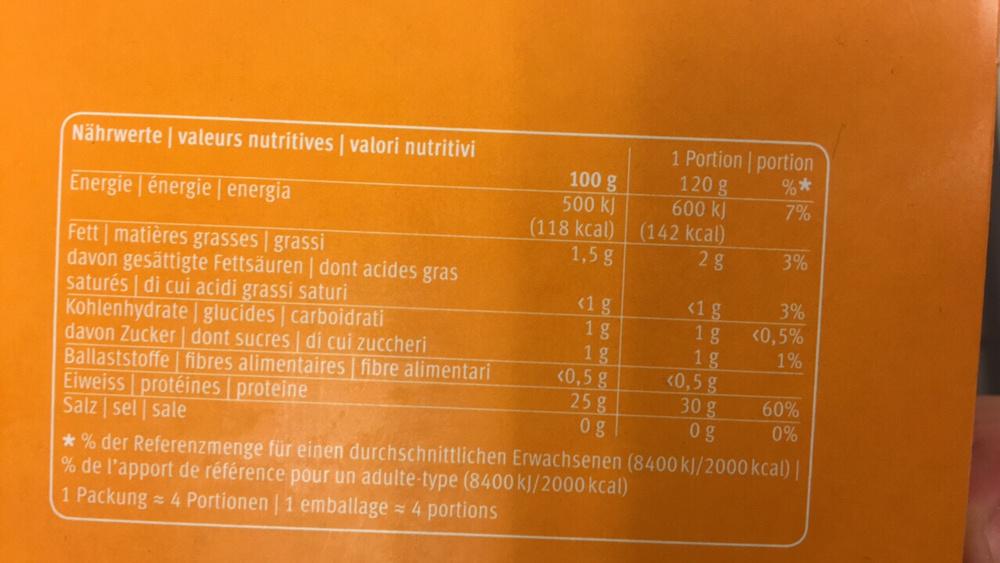
Nährwerte | valeurs nutritives | valori nutritivi
Energie énergie | energia
Fett | matières grasses | grassi
davon gesättigte Fettsäuren | dont acides gras saturés | di cui acidi grassi saturi
Kohlenhydrate | glucides | carboidrati
davon Zucker| dont sucres di cui zuccheri
Ballaststoffe | fibres alimentaires | fibre alimentari
Eiweiss protéines | proteine
Salz sel sale
100 g
500 KJ
(118 kcal)
1,5 g
<1 g
1 g
1 g
<0,5 g
25 g
Og
H
1 Portion | portion
%*
7%
120 g
600 kJ
(142 kcal)
2 g
<1 g
1 g
1 g <0,5 g 30 g
0 g
3%
3%
<0,5%
1%
60%
0%
*% der Referenzmenge für einen durchschnittlichen Erwachsenen (8400 kJ/2000 kcal) | % de l'apport de référence pour un adulte-type (8400 kJ/2000 kcal)
1 Packung= 4 Portionen | 1 emballage = 4 portions